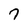
Character: 7